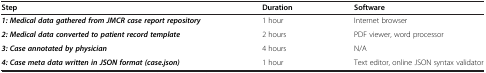
<table><thead><tr><td><b>Step</b></td><td><b>Duration</b></td><td><b>Software</b></td></tr></thead><tbody><tr><td><b><i>1: Medical data gathered from JMCR case report repository</i></b></td><td>1 hour</td><td>Internet browser</td></tr><tr><td><b><i>2: Medical data converted to patient record template</i></b></td><td>2 hours</td><td>PDF viewer, word processor</td></tr><tr><td><b><i>3: Case annotated by physician</i></b></td><td>4 hours</td><td>N/A</td></tr><tr><td><b><i>4: Case meta data written in JSON format (case.json)</i></b></td><td>1 hour</td><td>Text editor, online JSON syntax validator</td></tr></tbody></table>